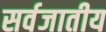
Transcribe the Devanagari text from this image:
सर्वजातीय